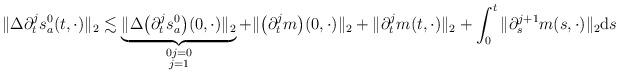
LaTeX: \begin{align*}\|\Delta \partial_t^js_a^0(t,\cdot)\|_2\lesssim \underbrace{\|\Delta\big(\partial_t^js_a^0\big)(0,\cdot)\|_2}_{\mathclap{\substack{0j=0\\j=1}}}+\|\big(\partial_t^jm\big)(0,\cdot)\|_2+\|\partial_t^jm(t,\cdot)\|_2+\int_0^t\|\partial_s^{j+1} m(s,\cdot)\|_2\mathrm{d}s\end{align*}